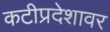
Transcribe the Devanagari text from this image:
कटीप्रदेशावर